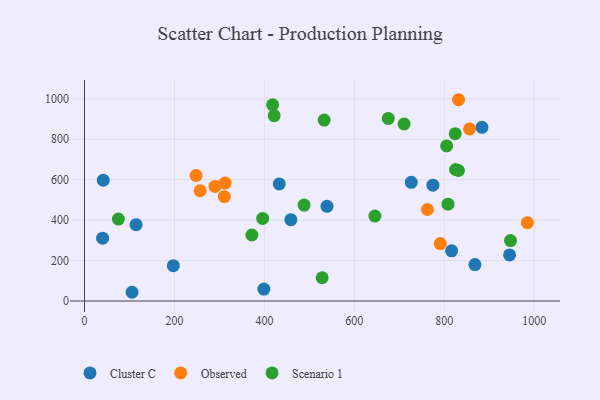
{"axis": {"x": "Study Hours", "y": "Fuel Efficiency"}, "legend": ["Cluster C", "Observed", "Scenario 1"], "data": [{"x": "726.6", "y": 587.1, "type": "Cluster C"}, {"x": "398.9", "y": 59.2, "type": "Cluster C"}, {"x": "105.7", "y": 43.3, "type": "Cluster C"}, {"x": "883.8", "y": 859.0, "type": "Cluster C"}, {"x": "114.6", "y": 377.4, "type": "Cluster C"}, {"x": "458.9", "y": 402.3, "type": "Cluster C"}, {"x": "868.2", "y": 180.1, "type": "Cluster C"}, {"x": "816.3", "y": 248.2, "type": "Cluster C"}, {"x": "40.3", "y": 310.9, "type": "Cluster C"}, {"x": "945.2", "y": 228.1, "type": "Cluster C"}, {"x": "539.2", "y": 468.4, "type": "Cluster C"}, {"x": "197.5", "y": 174.8, "type": "Cluster C"}, {"x": "41.7", "y": 597.3, "type": "Cluster C"}, {"x": "433.1", "y": 579.1, "type": "Cluster C"}, {"x": "774.8", "y": 572.9, "type": "Cluster C"}, {"x": "831.8", "y": 995.4, "type": "Observed"}, {"x": "762.5", "y": 452.7, "type": "Observed"}, {"x": "248.1", "y": 620.7, "type": "Observed"}, {"x": "984.8", "y": 387.3, "type": "Observed"}, {"x": "856.2", "y": 851.1, "type": "Observed"}, {"x": "290.2", "y": 566.9, "type": "Observed"}, {"x": "791.1", "y": 284.1, "type": "Observed"}, {"x": "257.1", "y": 545.2, "type": "Observed"}, {"x": "312.6", "y": 583.3, "type": "Observed"}, {"x": "311.0", "y": 516.0, "type": "Observed"}, {"x": "947.3", "y": 298.7, "type": "Scenario 1"}, {"x": "831.6", "y": 645.4, "type": "Scenario 1"}, {"x": "805.3", "y": 767.1, "type": "Scenario 1"}, {"x": "488.3", "y": 474.6, "type": "Scenario 1"}, {"x": "418.3", "y": 970.5, "type": "Scenario 1"}, {"x": "808.3", "y": 478.7, "type": "Scenario 1"}, {"x": "533.0", "y": 894.8, "type": "Scenario 1"}, {"x": "75.4", "y": 405.4, "type": "Scenario 1"}, {"x": "528.4", "y": 115.1, "type": "Scenario 1"}, {"x": "824.4", "y": 827.5, "type": "Scenario 1"}, {"x": "710.7", "y": 875.3, "type": "Scenario 1"}, {"x": "372.2", "y": 326.6, "type": "Scenario 1"}, {"x": "421.7", "y": 916.7, "type": "Scenario 1"}, {"x": "675.5", "y": 903.1, "type": "Scenario 1"}, {"x": "645.7", "y": 419.9, "type": "Scenario 1"}, {"x": "396.2", "y": 408.6, "type": "Scenario 1"}, {"x": "825.0", "y": 650.4, "type": "Scenario 1"}]}